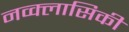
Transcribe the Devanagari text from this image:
नव्क्लासिकी